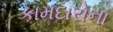
કામદારોના